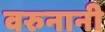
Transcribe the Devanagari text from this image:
वरुनानी